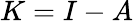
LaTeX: K=I-A